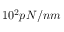
1 0 ^ { 2 } p N / n m